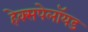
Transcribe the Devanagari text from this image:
हेक्सपेलॉयड